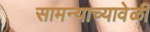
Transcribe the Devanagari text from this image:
सामन्याच्यावेळी